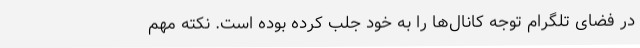
در فضای تلگرام توجه کانال‌ها را به خود جلب کرده بوده است. نکته مهم